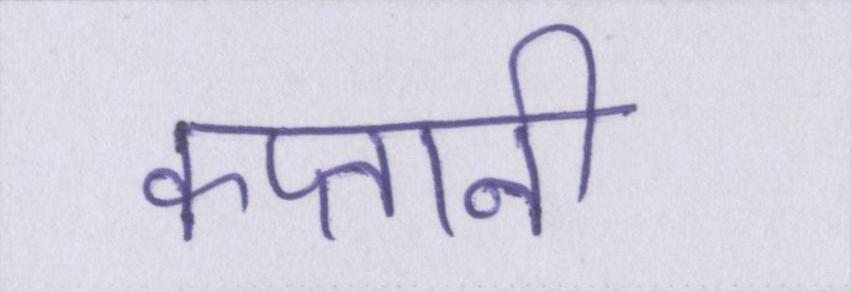
कप्तानी